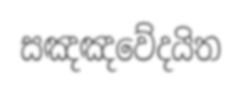
සඤඤවේදයිත